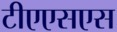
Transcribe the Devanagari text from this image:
टीएएसएस